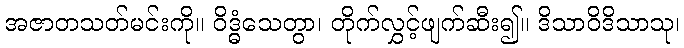
အဇာတသတ်မင်းကို။ ဝိဒ္ဓံသေတွာ၊ တိုက်လွှင့်ဖျက်ဆီး၍။ ဒိသာဝိဒိသာသု၊